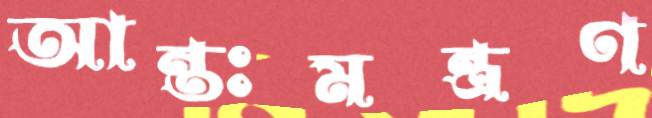
আন্তঃমন্ত্রণ